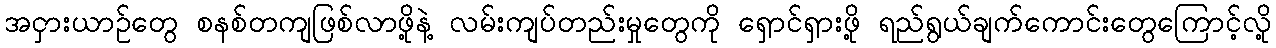
အငှားယာဉ်တွေ စနစ်တကျဖြစ်လာဖို့နဲ့ လမ်းကျပ်တည်းမှုတွေကို ရှောင်ရှားဖို့ ရည်ရွယ်ချက်ကောင်းတွေကြောင့်လို့